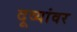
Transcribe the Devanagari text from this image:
दूव्यांवर